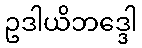
ဥဒါယိဘဒ္ဒေါ